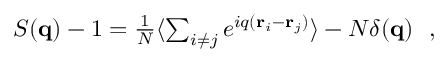
\begin{array} { r } { S ( { \bf q } ) - 1 = \frac { 1 } { N } \langle \sum _ { i \neq j } e ^ { i q ( { \bf r } _ { i } - { \bf r } _ { j } ) } \rangle - N \delta ( { \bf q } ) ~ ~ , } \end{array}